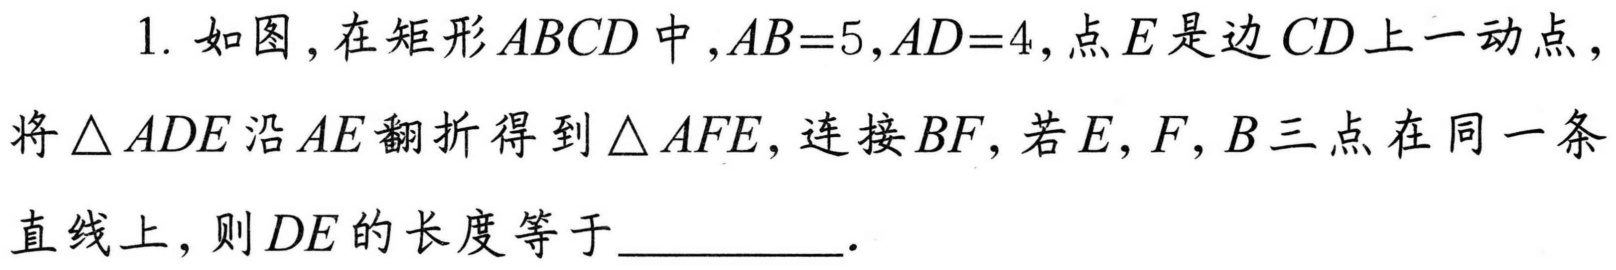
1. 如图，在矩形\(ABCD\)中，\(AB = 5\)，\(AD = 4\)，点\(E\)是边\(CD\)上一动点，将\(\triangle ADE\)沿\(AE\)翻折得到\(\triangle AFE\)，连接\(BF\)，若\(E,F,B\)三点在同一条直线上，则\(DE\)的长度等于\_\_\_\_\_\_ .